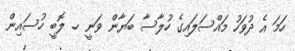
ހަމަ އެ ދުވަހު މައްސަލައިގެ ހުލާސާ ބަޔާން ވަނީ ހ. ލޮބީ ހުސައިން